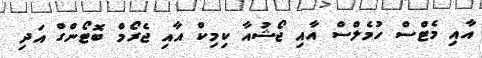
އާއި މެޓްސް ހުމެލްސް އާއި ޖޯޝުއާ ކިމިކް އާއި ޖެރޯމް ބޮޓޯންގް އަދި